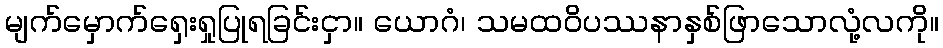
မျက်မှောက်ရှေးရှုပြုရခြင်းငှာ။ ယောဂံ၊ သမထဝိပဿနာနှစ်ဖြာသောလုံ့လကို။